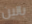
بالين